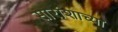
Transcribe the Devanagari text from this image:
सारांशाच्या